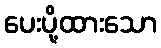
ပေးပို့ထားသော